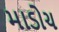
માડોચ